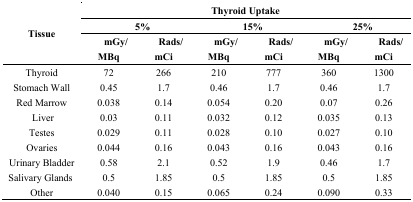
<table><thead><tr><td rowspan="3"><b>Tissue</b></td><td colspan="6"><b>Thyroid Uptake</b></td></tr><tr><td colspan="2"><b>5%</b></td><td colspan="2"><b>15%</b></td><td colspan="2"><b>25%</b></td></tr><tr><td><b>mGy/MBq</b></td><td><b>Rads/mCi</b></td><td><b>mGy/MBq</b></td><td><b>Rads/mCi</b></td><td><b>mGy/MBq</b></td><td><b>Rads/mCi</b></td></tr></thead><tbody><tr><td>Thyroid</td><td>72</td><td>266</td><td>210</td><td>777</td><td>360</td><td>1300</td></tr><tr><td>Stomach Wall</td><td>0.45</td><td>1.7</td><td>0.46</td><td>1.7</td><td>0.46</td><td>1.7</td></tr><tr><td>Red Marrow</td><td>0.038</td><td>0.14</td><td>0.054</td><td>0.20</td><td>0.07</td><td>0.26</td></tr><tr><td>Liver</td><td>0.03</td><td>0.11</td><td>0.032</td><td>0.12</td><td>0.035</td><td>0.13</td></tr><tr><td>Testes</td><td>0.029</td><td>0.11</td><td>0.028</td><td>0.10</td><td>0.027</td><td>0.10</td></tr><tr><td>Ovaries</td><td>0.044</td><td>0.16</td><td>0.043</td><td>0.16</td><td>0.043</td><td>0.16</td></tr><tr><td>Urinary Bladder</td><td>0.58</td><td>2.1</td><td>0.52</td><td>1.9</td><td>0.46</td><td>1.7</td></tr><tr><td>Salivary Glands </td><td>0.5</td><td>1.85</td><td>0.5</td><td>1.85</td><td>0.5</td><td>1.85</td></tr><tr><td>Other</td><td>0.040</td><td>0.15</td><td>0.065</td><td>0.24</td><td>0.090</td><td>0.33</td></tr></tbody></table>